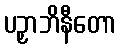
ပဉှာဘိနီတော